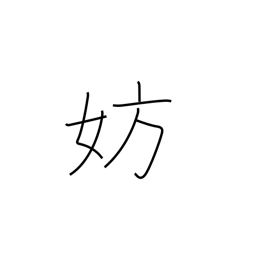
Meaning: hamper